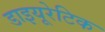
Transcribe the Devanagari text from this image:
डाइयूरेटिक